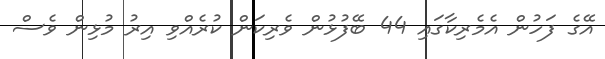
އޭގެ ފަހުން އެމެރިކާގައި 44 ބޭފުޅުން ވެރިކަން ކުރެއްވި އިރު މުޅިން ވެސް